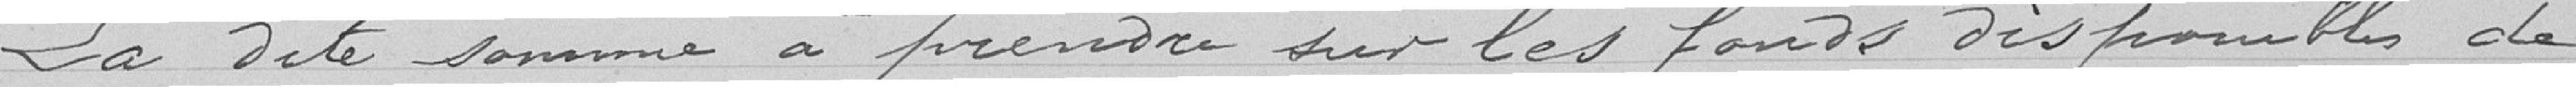
La dite somme à prendre sur les fonds disponibles de